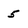
Character: 5